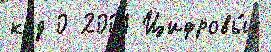
код 0 2001 Цифровы́е